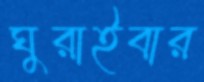
ঘুরাইবার